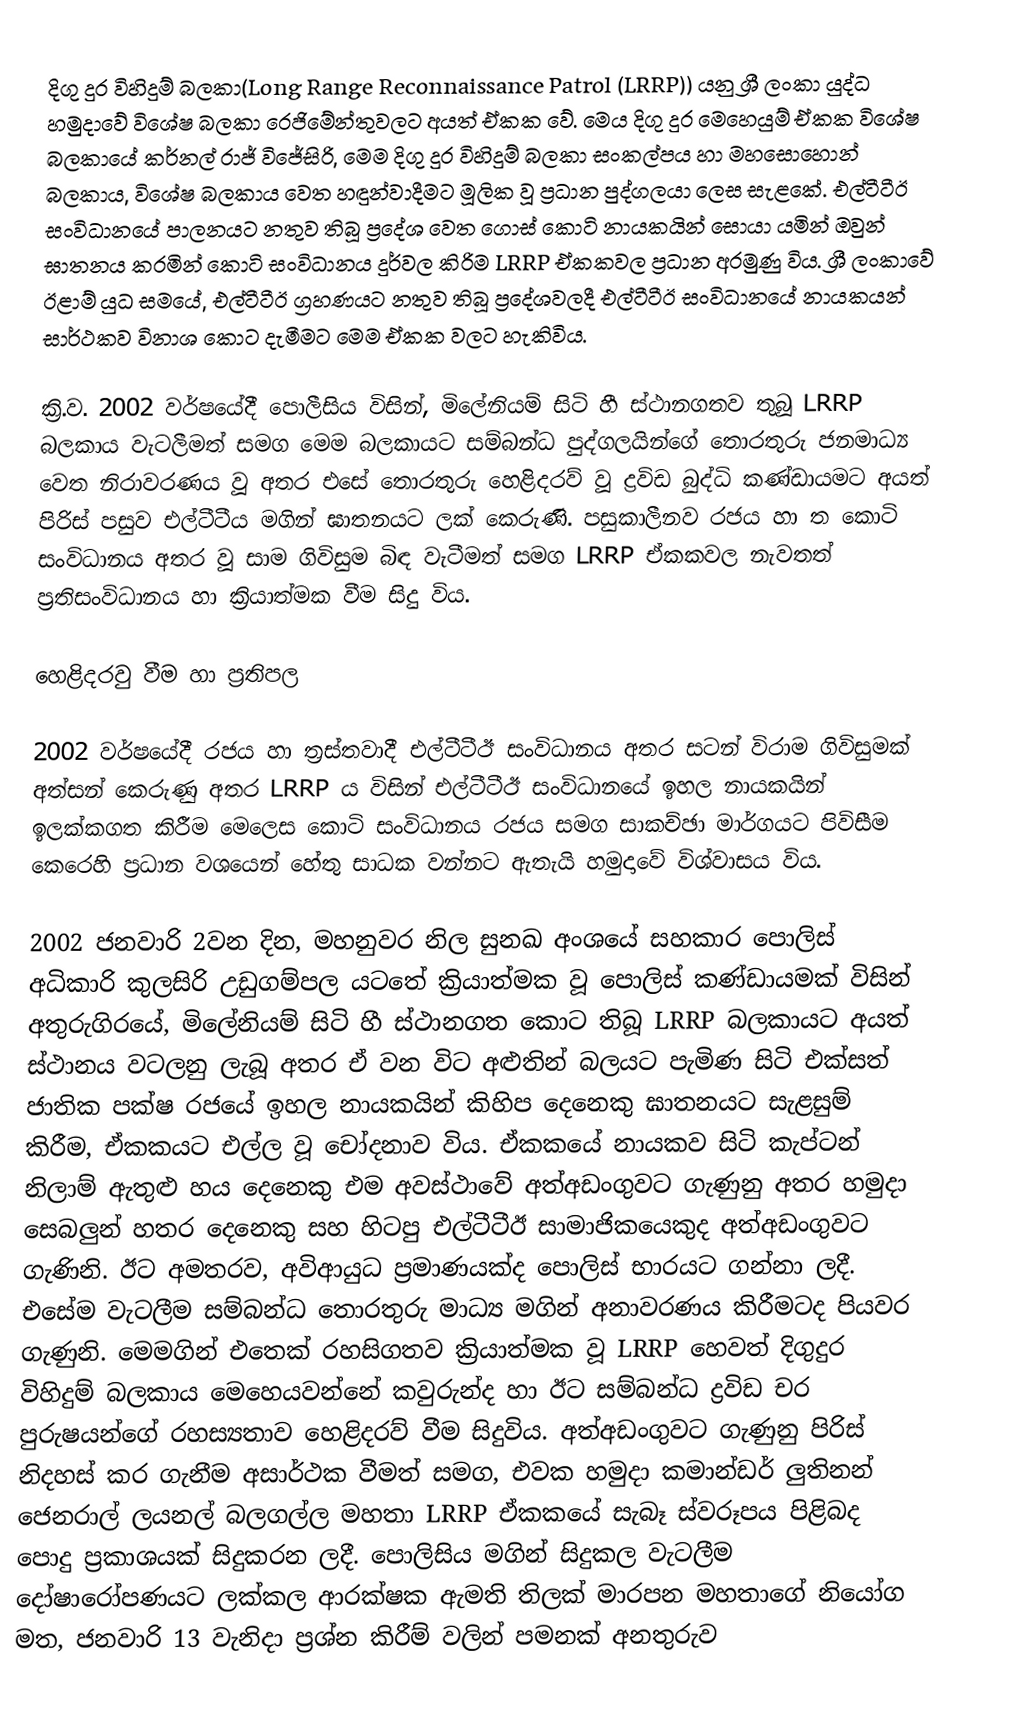
දිගු දුර විහිදුම් බලකා(Long Range Reconnaissance Patrol (LRRP)) යනු ශ්‍රී ලංකා යුද්ධ හමුදාවේ විශේෂ බලකා රෙජිමේන්තුවලට අයත් ඒකක වේ. මෙය දිගු දුර මෙහෙයුම් ඒකක  විශේෂ බලකායේ කර්නල් රාජ් විජේසිරි, මෙම දිගු දුර විහිදුම් බලකා සංකල්පය හා මහසොහොන් බලකාය, විශේෂ බලකාය වෙත හඳුන්වාදීමට මූලික වූ ප්‍රධාන පුද්ගලයා ලෙස සැළකේ.  එල්ටීටීඊ සංවිධානයේ පාලනයට නතුව තිබූ ප්‍රදේශ වෙත ගොස් කොටි නායකයින් සොයා යමින් ඔවුන් ඝාතනය කරමින් කොටි සංවිධානය දුර්වල කිරිම LRRP ඒකකවල ප්‍රධාන අරමුණු විය. ශ්‍රී ලංකාවේ  ඊළාම් යුධ සමයේ, එල්ටීටීඊ ග්‍රහණයට නතුව තිබූ ප්‍රදේශවලදී එල්ටීටීඊ සංවිධානයේ නායකයන් සාර්ථකව විනාශ කොට දැමීමට මෙම ඒකක වලට හැකිවිය.

ක්‍රි.ව. 2002 වර්ෂයේදී පොලීසිය විසින්, මිලේනියම් සිටි හී ස්ථානගතව තුබූ LRRP බලකාය වැටලීමත් සමග මෙම බලකායට සම්බන්ධ පුද්ගලයින්ගේ තොරතුරු ජනමාධ්‍ය වෙත නිරාවරණය වූ අතර එසේ තොරතුරු හෙළිදරව් වූ ද්‍රවිඩ බුද්ධි කණ්‌ඩායමට අයත් පිරිස් පසුව එල්ටීටීය මගින් ඝාතනයට ලක් කෙරුණි. පසුකාලීනව රජය හා ත කොටි සංවිධානය අතර වූ සාම ගිවිසුම බිඳ වැටීමත් සමග LRRP ඒකකවල නැවතත් ප්‍රතිසංවිධානය හා ක්‍රියාත්මක වීම සිදු විය.

හෙළිදරවු වීම හා ප්‍රතිපල

2002 වර්ෂයේදී රජය හා ත්‍රස්තවාදී එල්ටීටීඊ සංවිධානය අතර සටන් විරාම ගිවිසුමක් අත්සන් කෙරුණු අතර LRRP ය විසින් එල්ටීටීඊ සංවිධානයේ ඉහල නායකයින් ඉලක්කගත කිරීම මෙලෙස කොටි සංවිධානය රජය සමග සාකච්ඡා මාර්ගයට පිවිසීම කෙරෙහි ප්‍රධාන වශයෙන් හේතු සාධක වන්නට ඇතැයි හමුදාවේ විශ්වාසය විය.

2002 ජනවාරි 2වන දින, මහනුවර නිල සුනඛ අංශයේ සහකාර පොලිස්‌ අධිකාරි කුලසිරි උඩුගම්පල යටතේ ක්‍රියාත්මක වූ පොලිස් කණ්ඩායමක් විසින් අතුරුගිරයේ, මිලේනියම් සිටි හී ස්ථානගත කොට තිබූ LRRP බලකායට අයත් ස්ථානය වටලනු ලැබූ අතර ඒ වන විට අළුතින් බලයට පැමිණ සිටි එක්සත් ජාතික පක්ෂ රජයේ ඉහල නායකයින් කිහිප දෙනෙකු ඝාතනයට සැළසුම් කිරීම, ඒකකයට එල්ල වූ චෝදනාව විය. ඒකකයේ නායකව සිටි කැප්ටන් නිලාම් ඇතුළු හය දෙනෙකු එම අවස්ථාවේ අත්අඩංගුවට ගැණුනු අතර හමුදා සෙබලුන් හතර දෙනෙකු සහ හිටපු එල්ටීටීඊ සාමාජිකයෙකුද අත්අඩංගුවට ගැණිනි. ඊට අමතරව, අවිආයුධ ප්‍රමාණයක්ද පොලිස් භාරයට ගන්නා ලදී. එසේම වැටලීම සම්බන්ධ තොරතුරු මාධ්‍ය මගින් අනාවරණය කිරීමටද පියවර ගැණුනි. මෙමගින් එතෙක් රහසිගතව ක්‍රියාත්මක වූ LRRP හෙවත් දිගුදුර විහිදුම් බලකාය මෙහෙයවන්නේ කවුරුන්ද හා ඊට සම්බන්ධ ද්‍රවිඩ චර පුරුෂයන්ගේ රහස්‍යතාව හෙළිදරව් වීම සිදුවිය. අත්අඩංගුවට ගැණුනු පිරිස් නිදහස් කර ගැනීම අසාර්ථක වීමත් සමග, එවක හමුදා කමාන්ඩර් ලුතිනන් ජෙනරාල් ලයනල් බලගල්ල මහතා LRRP ඒකකයේ සැබෑ ස්වරූපය පිළිබද පොදු ප්‍රකාශයක් සිදුකරන ලදී. පොලිසිය මගින් සිදුකල වැටලීම දෝෂාරෝපණයට ලක්කල ආරක්ෂක ඇමති තිලක් මාරපන මහතාගේ නියෝග මත, ජනවාරි 13 වැනිදා ප්‍රශ්න කිරීම් වලින් පමනක් අනතුරුව